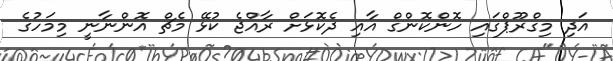
އަދި މިގްރޫޕްގައި ހޮންކޮންގް އާއި ދެކޮޅަށް ރާއްޖެ ކުޅޭ މެޗް އޮންނާނީ މިމަހުގެ